Vaccination in Bombay 1913-1923 - 1913-1923
Year: 1913
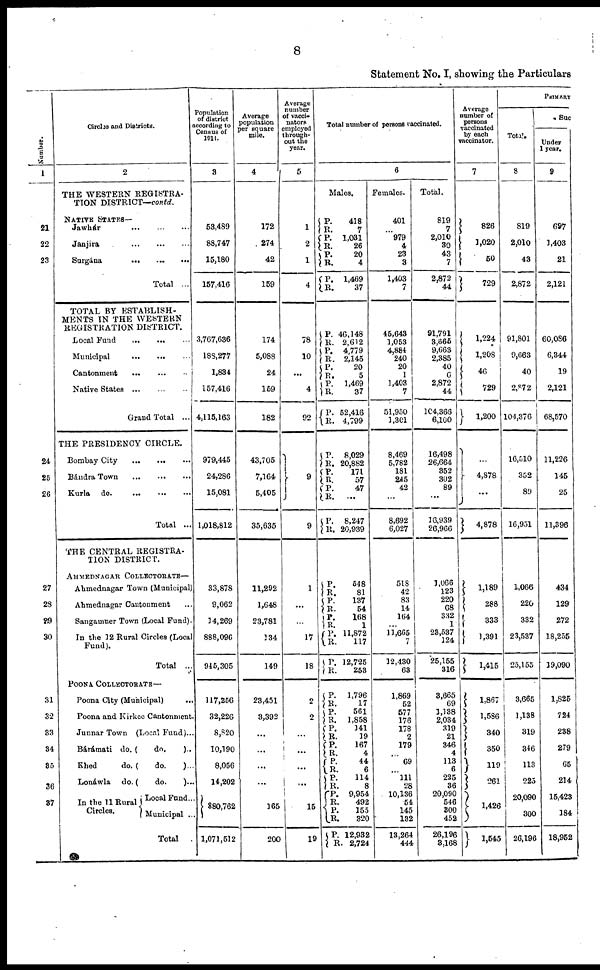
8
Statement No. I, showing the Particulars
Number.
1
21
22
23
24
25
26
27
28
29
30
31
32
33
34
35
36
37
Circles and Districts.
2
THE WESTERN REGISTRA-
TION DISTRICT— contd.
NATIVE STATES—
Jawhár
...
...
...
Janjira ... ... ...
Surgána
...
...
...
Total ...
TOTAL BY ESTABLISH-
MENTS IN THE WESTERN
REGISTRATION DISTRICT.
Local Fund ... ... ...
Municipal ... ... ...
Cantonment
...
...
...
Native States
...
...
...
Grand Total ...
THE PRESIDENCY CIRCLE.
Bombay City
...
...
...
Bándra Town
...
...
...
Kurla do.
...
...
...
Total ...
THE CENTRAL REGISTRA-
TION DISTRICT.
AHMEDNAGAR COLLECTORATE—
Ahmednagar Town (Municipal)
Ahmednagar Cantonment ...
Sangamner Town (Local Fund).
In the 12 Rural Circles (Local
Fund).
Total ...
POONA COLLECTORATE—
Poona City (Municipal)
...
Poona and Kirkee Cantonment.
Junnar Town (Local Fund)...
Bárámati do. (
do.
)...
Khed
do. (
do.
)...
Lonáwla do. (
do.
)...
In the 11 Rural
Circles.
Local Fund...
Municipal ...
Total.
Population
of district
according to
Census of
1911.
3
53,489
88,747
15,180
157,416
3,767,636
188,277
1,834
157,416
4,115,163
979,445
24,286
15,081
1,018,812
33,878
9,062
14,269
888,096
945,305
117,256
32,226
8,820
10,190
8,056
14,202
880,762
1,071,512
Average
population
per square
mile.
4
172
274
42
159
174
5,088
24
159
182
43,705
7,164
5,405
35,635
11,292
1,648
23,781
134
149
23,451
3,392
...
...
...
...
165
200
Average
number
of vacci-
nators
employed
through-
out the
year.
5
1
2
1
4
78
10
...
4
92
9
9
1
...
...
17
18
2
2
...
...
...
...
15
19
Total number of persons vaccinated.
6
Males.
P.
R.
P.
R. P.
R.
P.
R.
P. R.
P.
R.
P.
R.
P.
R.
P.
R.
418
7
1,031
26
20
4
1,469
37
46,148
2,612
4,779
2,145
20
5
1,469
37
52,416
4,799
P.
R.
R.
R.
P.
R.
P.
R.
8,029
20,882
171
57
47
...
8,247
20,939
P.
R.
P.
R.
P.
R. P.
R.
R.
R.
P.
R.
P.
R.
P.
R.
P. R. P.
R.
P.
R.
P. R.
P.
R.
P.
R.
548
81
137
54
168
1
11,872
117
12,725
253
1,796
17
561
1,858
141
19
167
4
44
6
114
8
9,954
492
155
320
12,932
2,724
Females.
401
...
979
4
23
3
1,403
7
45,643
1,053
4,884
240
20
1
1,403
7
51,950
1,301
8,469
5,782
181
245
42
...
8,692
6,027
518
42
83
14
164
...
11,665
7
12,430
63
1,869
52
577
176
178
2
179
...
69
...
111
28
10,136
54
145
132
13,264
444
Total.
819
7
2,010
30
43
7
2,872
44
91,791
3,665
9,663
2,385
40
6
2,872
44
104,366
6,100
16,498
26,664
352
302
89
...
16,939
26,966
1,066
123
220
68
332
1
23,537
124
25,155
316
3,665
69
1,388
2,034
319
21
346
4
113
6
225
36
20,090
546
300
452
26,196
3,168
Average
number of
persons
vaccinated
by each
vaccinator.
7
826
1,020
50
729
1,224
1,208
46
729
1,200
...
4,878
...
4,878
1,189
288
333
1,391
1,415
1,867
1,586
340
350
119
261
1,426
1,545
PRIMARY
Total.
8
819
2,010
43
2,872
91,801
9,663
40
2,872
104,376
16,510
352
89
16,951
1,066
220
332
23,537
25,155
3,665
1,138
319
346
113
225
20,090
300
26,196
Suc
Under
1 year.
9
697
3,403
21
2,121
60,086
6,344
19
2,121
68,570
11,226
145
25
11,396
434
129
272
18,255
19,090
1,825
724
238
279
65
214
15,423
184
18,952